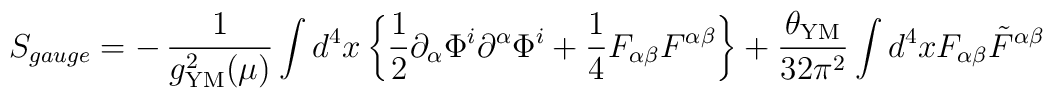
S_{gauge} = -\,\frac{1}{g_{\rm YM}^{2} (\mu)} \int d^4 x  \left\{ \frac{1}{2} \partial_{\alpha} \Phi^i \partial^{\alpha} \Phi^i + \frac{1}{4} F_{\alpha \beta} F^{\alpha \beta}   \right\}   +  \frac{\theta_{\rm YM}}{32 \pi^2} \int d^4 x F_{\alpha \beta}   {\tilde{F}}^{\alpha \beta}